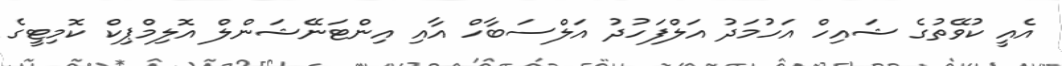
އެއީ ކުވޭތުގެ ޝައިހް އަހުމަދު އަލްފަހުދު އަލްސަބާހް އާއި އިންޓަނޭޝަންލް އޮލިމްޕިކް ކޮމިޓީގެ